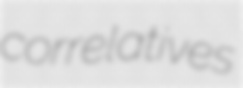
correlatives